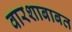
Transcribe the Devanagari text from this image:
वारशाबाबत